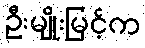
ဦးမျိုးမြင့်က